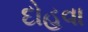
દોહવા